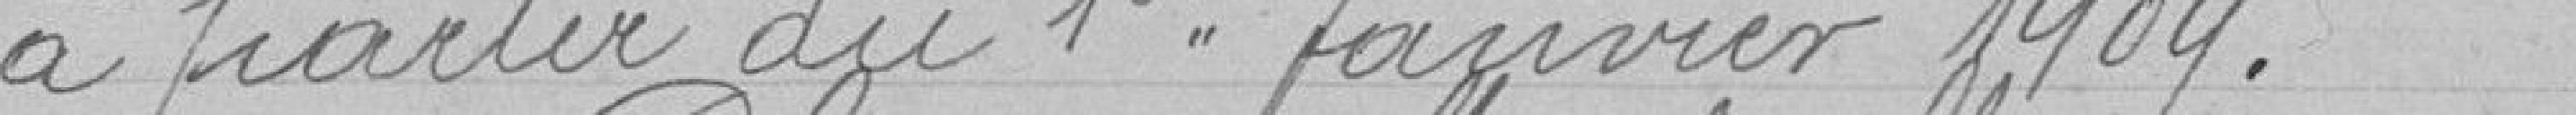
à partir du 1er Janvier 1909.